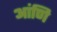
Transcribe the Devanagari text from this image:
आंणि